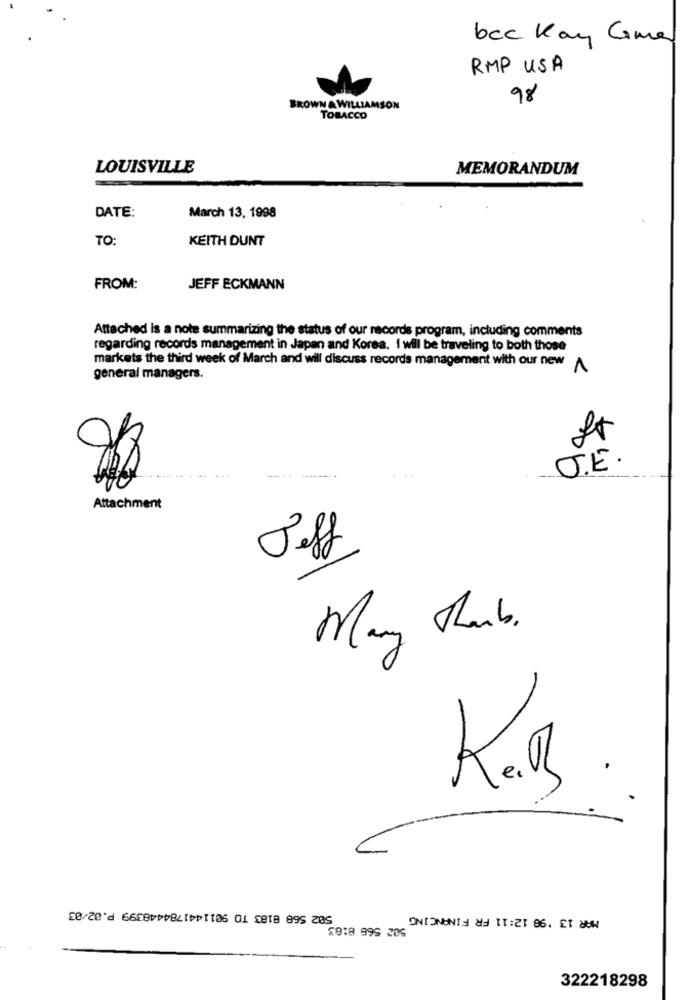
bcc Kay Come
RMP USA
98
BROWN A WILLIAMSON
TOBACCO
LOUISVILLE
MEMORANDUM
DATE:
March 13, 1998
TO:
KEITH DUNT
FROM:
JEFF ECKMANN
Attached is a note summarizing the status of our records program, including comments
regarding records management in Japan and Korea. I will be traveling to both those
markets the third week of March and will discuss records management with our new
1
general managers.
J.E .
-------
Attachment
Jeff
Many Thanks.
502 568 8183 TO 9011441784448399 P.02/03
MAR 13 '98 12:11 FR FINANCING
29:8 995 285
322218298